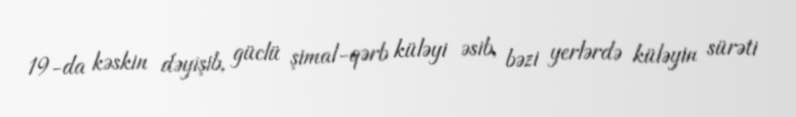
19-da kəskin dəyişib, güclü şimal-qərb küləyi əsib, bəzi yerlərdə küləyin sürəti